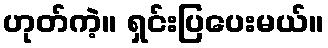
ဟုတ်ကဲ့။ ရှင်းပြပေးမယ်။